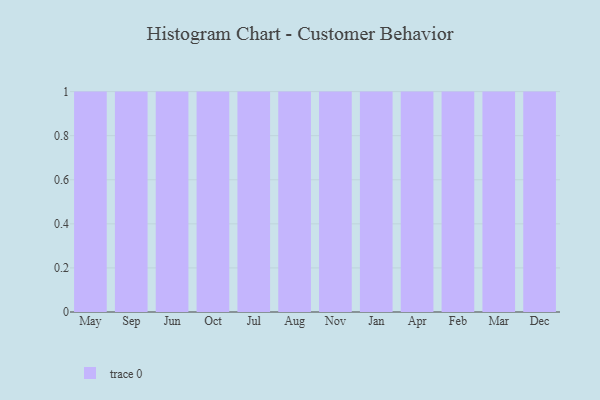
{"axis": {"x": "Month", "y": "Revenue (USD Million)"}, "legend": [""], "data": [{"x": "May", "y": 36, "type": ""}, {"x": "Sep", "y": 72, "type": ""}, {"x": "Jun", "y": 33, "type": ""}, {"x": "Oct", "y": 37, "type": ""}, {"x": "Jul", "y": 26, "type": ""}, {"x": "Aug", "y": 76, "type": ""}, {"x": "Nov", "y": 28, "type": ""}, {"x": "Jan", "y": 62, "type": ""}, {"x": "Apr", "y": 5, "type": ""}, {"x": "Feb", "y": 25, "type": ""}, {"x": "Mar", "y": 74, "type": ""}, {"x": "Dec", "y": 96, "type": ""}]}